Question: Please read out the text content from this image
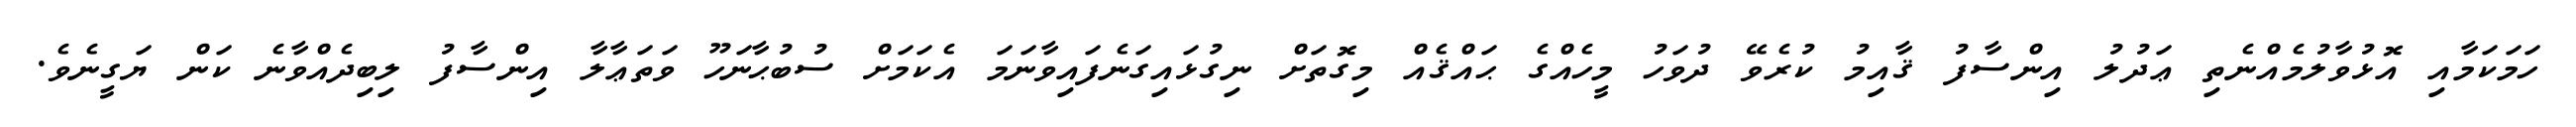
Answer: ހަމަކަމާއި އޮޅުވާލުމެއްނެތި ޢަދުލު އިންސާފު ޤާއިމު ކުރެވޭ ދުވަހު މީހެއްގެ ޙައްޤެއް މިގޮތަށް ނިގުޅައިގަނެފައިވާނަމަ އެކަމަށް ސުބުޙާނަހޫ ވަތަޢާލާ އިންސާފު ލިބިދެއްވާނެ ކަން ޔަގީނެވެ.